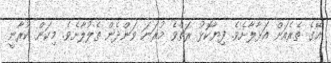
އޭގެ ތެރެއަށް އަޅާލާށެވެ. ފިޔާކޮޅު ރަތްވެ މުރަނަ ވަންދެން ތެލުލާށެވެ. މިކަން ކުރާނީ